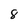
Character: 8